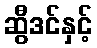
ဆွီဒင်နှင့်